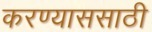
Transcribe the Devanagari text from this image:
करण्याससाठी